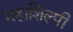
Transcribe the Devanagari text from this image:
महाशिल्पी